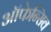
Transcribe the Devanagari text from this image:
ऑफेन्सिव